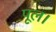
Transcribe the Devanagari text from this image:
पूल।